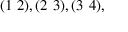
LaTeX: ( 1 ~ 2 ) , ( 2 ~ 3 ) , ( 3 ~ 4 ) ,